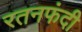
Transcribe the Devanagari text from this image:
रतनफंदी